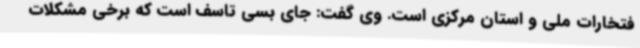
فتخارات ملی و استان مرکزی است. وی گفت: جای بسی تاسف است که برخی مشکلات